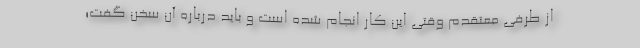
از طرفی معتقدم وقتی این کار انجام شده است و باید درباره آن سخن گفت؛